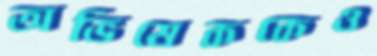
অভিষেককেও